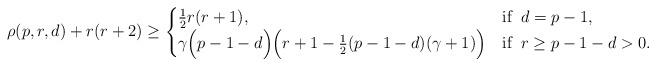
LaTeX: \begin{align*} \rho(p,r,d) +r(r+2) \geq \begin{cases} \frac{1}{2}r(r+1), & \mbox{if} \; \; d = p-1, \\ \gamma\Big(p-1-d\Big)\Big(r+1-\frac{1}{2} (p-1-d)(\gamma+1)\Big) & \mbox{if} \; \; r \geq p-1-d >0.\end{cases} \end{align*}